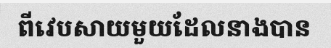
ពីវេបសាយមួយដែលនាងបាន